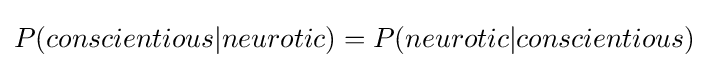
P(conscientious|neurotic)=P(neurotic|conscientious)